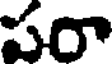
పరా